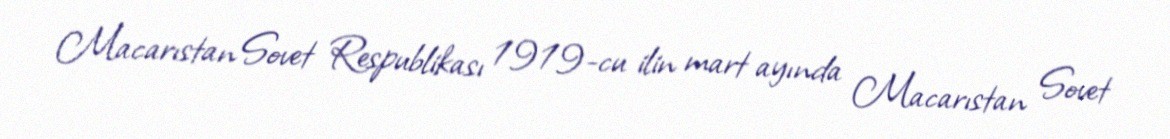
Macarıstan Sovet Respublikası 1919-cu ilin mart ayında Macarıstan Sovet